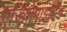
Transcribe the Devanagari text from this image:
एरिथ्रोपाइटिन